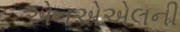
એનએએલની